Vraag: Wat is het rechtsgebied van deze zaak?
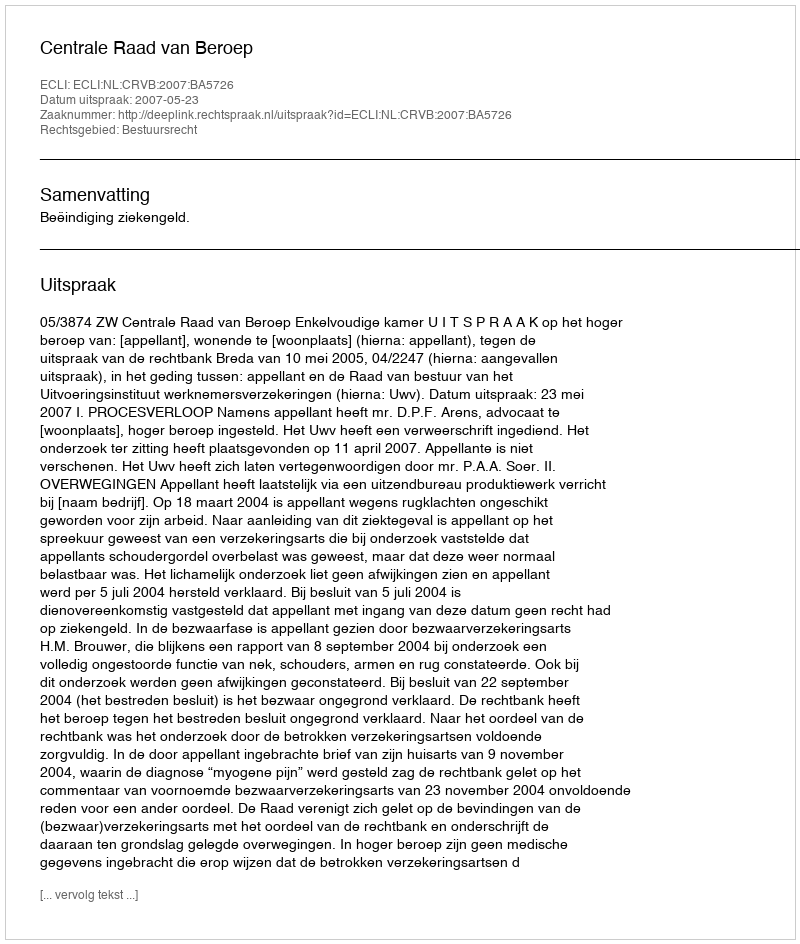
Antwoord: Bestuursrecht